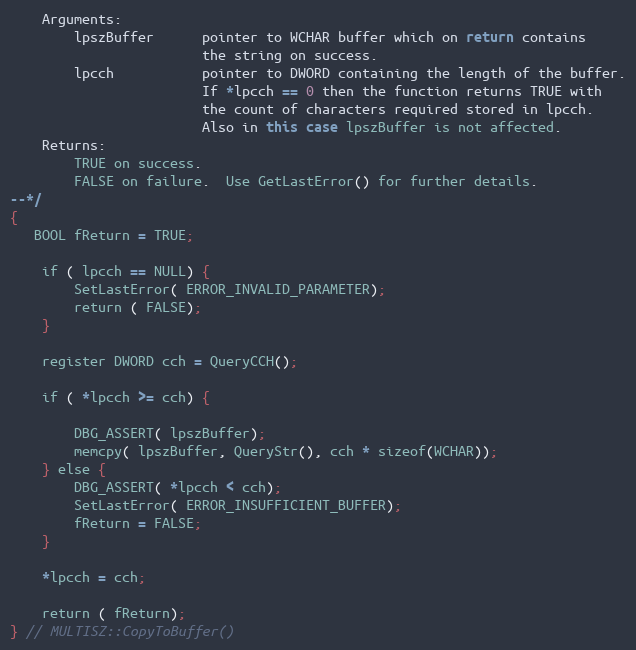
Language: C++
    Arguments:
        lpszBuffer      pointer to WCHAR buffer which on return contains
                        the string on success.
        lpcch           pointer to DWORD containing the length of the buffer.
                        If *lpcch == 0 then the function returns TRUE with
                        the count of characters required stored in lpcch.
                        Also in this case lpszBuffer is not affected.
    Returns:
        TRUE on success.
        FALSE on failure.  Use GetLastError() for further details.
--*/
{
   BOOL fReturn = TRUE;

    if ( lpcch == NULL) {
        SetLastError( ERROR_INVALID_PARAMETER);
        return ( FALSE);
    }

    register DWORD cch = QueryCCH();

    if ( *lpcch >= cch) {

        DBG_ASSERT( lpszBuffer);
        memcpy( lpszBuffer, QueryStr(), cch * sizeof(WCHAR));
    } else {
        DBG_ASSERT( *lpcch < cch);
        SetLastError( ERROR_INSUFFICIENT_BUFFER);
        fReturn = FALSE;
    }

    *lpcch = cch;

    return ( fReturn);
} // MULTISZ::CopyToBuffer()